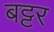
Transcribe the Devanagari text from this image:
बट्टर